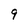
Character: 9